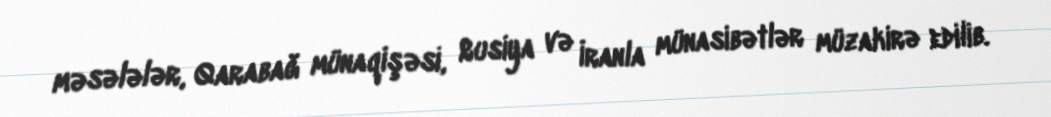
məsələlər, Qarabağ münaqişəsi, Rusiya və İranla münasibətlər müzakirə edilib.